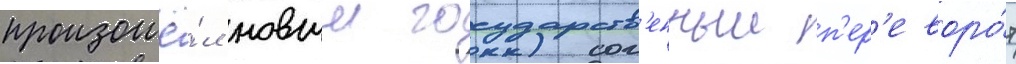
произошё́л новыи государств'енныи п'ер'еворо́т